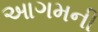
આગમની